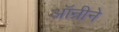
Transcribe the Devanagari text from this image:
ऑन्रीने